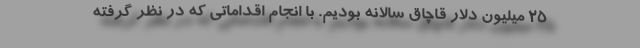
۲۵ میلیون دلار قاچاق سالانه بودیم. با انجام اقداماتی که در نظر گرفته